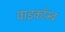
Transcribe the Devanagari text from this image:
वाइकॉम्ब